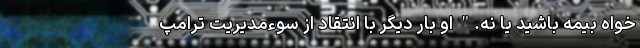
خواه بیمه باشید یا نه." او بار دیگر با انتقاد از سوء‌مدیریت ترامپ